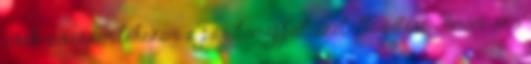
csak visszaemlékezem a pár hónappal ezelőtti estére. Bnőm szó